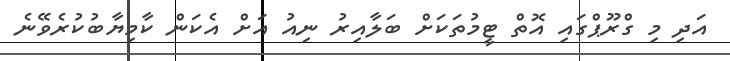
އަދި މި ގްރޫޕްގައި އޮތް ޓީމުތަކަށް ބަލާއިރު ނިއު އަށް އެކަން ކާމިޔާބުކުރެވޭނެ